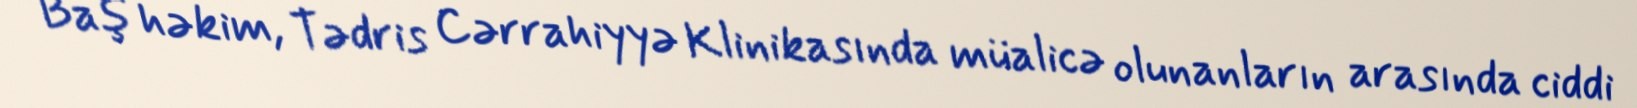
Baş həkim, Tədris Cərrahiyyə Klinikasında müalicə olunanların arasında ciddi